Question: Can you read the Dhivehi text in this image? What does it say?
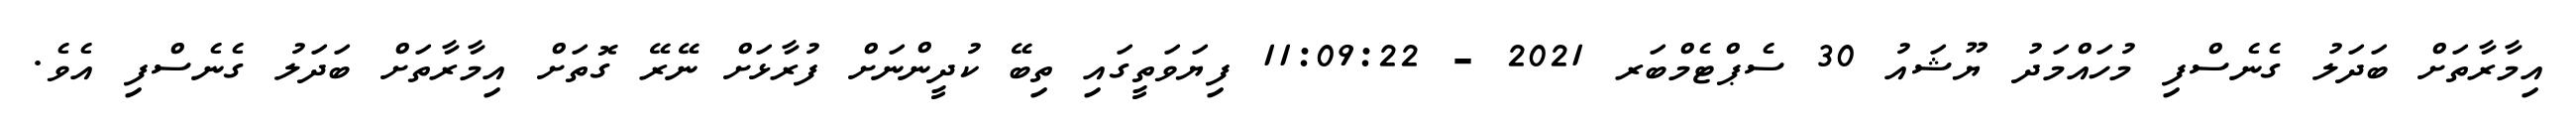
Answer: އިމާރާތަށް ބަދަލު ގެނެސްފި މުހައްމަދު ޔޫޝައު 30 ސެޕްޓެމްބަރ 2021 - 11:09:22 ފިޔަވަތީގައި ތިބޭ ކުދީންނަށް ފުރާޅަށް ނޭރޭ ގޮތަށް އިމާރާތަށް ބަދަލު ގެނެސްފި އެވެ.